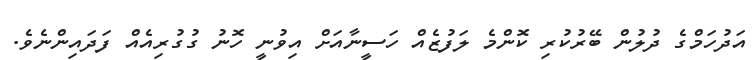
އަދުހަމްގެ ދުލުން ބޭރުކުރި ކޮންމެ ލަފުޒެއް ހަސީނާއަށް އިވުނީ ހޮނު ގުގުރިއެއް ފަދައިންނެވެ.